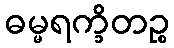
ဓမ္မရက္ခိတဉ္စ